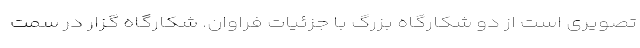
تصویری است از دو شکارگاه بزرگ با جزئیات فراوان. شکارگاه گزار در سمت